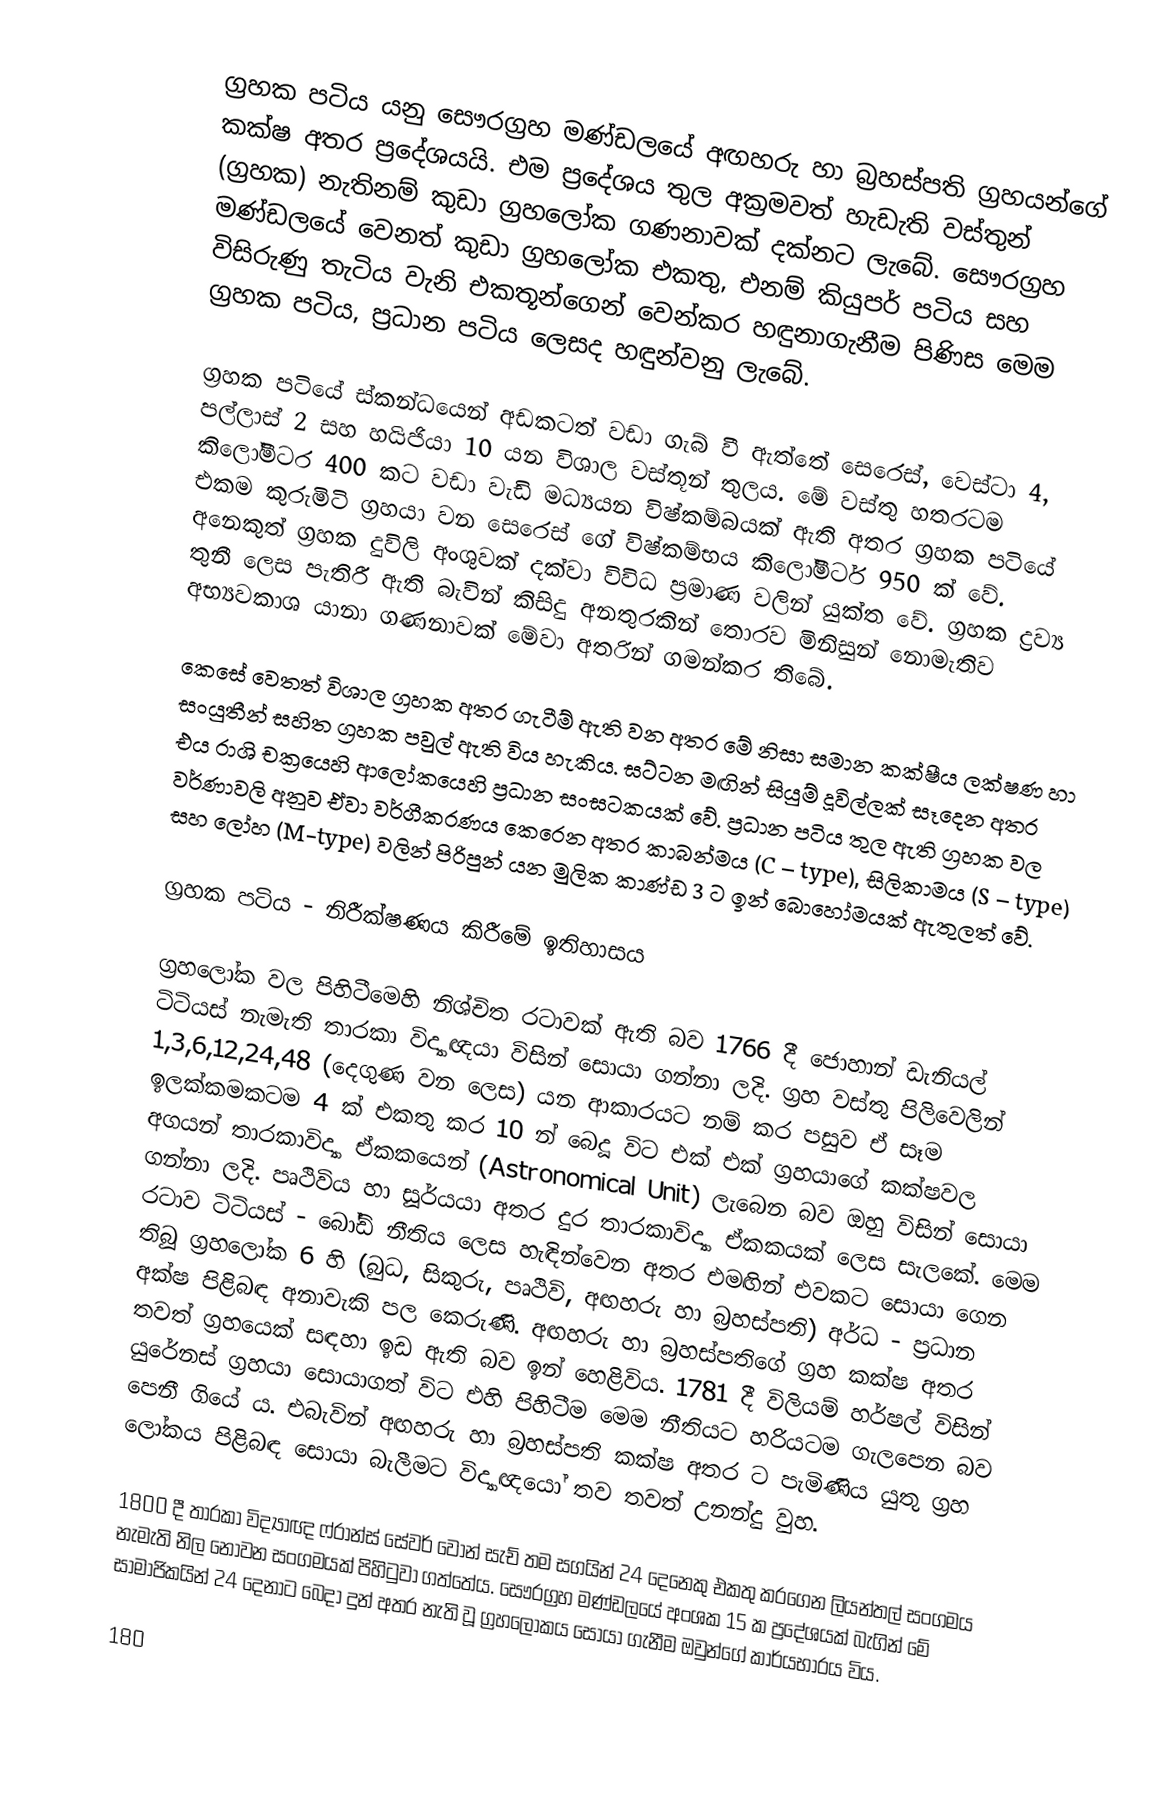
ග්‍රහක පටිය යනු සෞරග්‍රහ මණ්ඩලයේ අඟහරු හා බ්‍රහස්පති ග්‍රහයන්ගේ කක්ෂ අතර ප්‍රදේශයයි. එම ප්‍රදේශය තුල අක්‍රමවත් හැඩැති වස්තුන් (ග්‍රහක) නැතිනම් කුඩා ග්‍රහලෝක ගණනාවක් දක්නට ලැබේ. සෞරග්‍රහ මණ්ඩලයේ වෙනත් කුඩා ග්‍රහලෝක එකතු, එනම් කියු‍පර් පටිය සහ විසිරුණු තැටිය වැනි එකතූන්ගෙන් වෙන්කර හඳුනාගැනීම පිණිස මෙම ග්‍රහක පටිය, ප්‍රධාන පටිය ලෙසද හඳුන්වනු ලැබේ.

ග්‍රහක පටියේ ස්කන්ධයෙන් අඩකටත් වඩා ගැබ් වී ඇත්තේ සෙරෙස්, වෙස්ටා 4, පල්ලාස් 2 සහ හයිජියා 10 යන විශාල වස්තූන් තුලය. මේ වස්තු හතරටම කිලෝමීටර 400 කට වඩා වැඩි මධ්‍යයන විෂ්කම්බයක් ඇති අතර ග්‍රහක පටියේ එකම කුරුමිටි ග්‍රහයා වන සෙරෙස් ගේ විෂ්කම්භය කිලෝමීටර් 950 ක් වේ. අනෙකුත් ග්‍රහක දුවිලි අංශුවක් දක්වා විවිධ ප්‍රමාණ වලින් යුක්ත වේ. ග්‍රහක ද්‍රව්‍ය තුනී ලෙස පැතිරී ඇති බැවින් කිසිදු අනතුරකින් තොරව මිනිසුන් නොමැතිව අභ්‍යවකාශ යානා ගණනාවක් මේවා අතරින් ගමන්කර තිබේ.

කෙසේ වෙතත් විශාල ග්‍රහක අතර ගැටීම් ඇති වන අතර මේ නිසා සමාන කක්ෂීය ලක්ෂණ හා සංයුතීන් සහිත ග්‍රහක පවුල් ඇති විය හැකිය. ඝට්ටන මඟින් සියුම් දූවිල්ලක් සෑදෙන අතර එය රාශි චක්‍රයෙහි ආලෝකයෙහි ප්‍රධාන සංඝටකයක් වේ. ප්‍රධාන පටිය තුල ඇති ග්‍රහක වල වර්ණාවලි අනුව ඒවා වර්ගීකරණය කෙරෙන අතර කාබන්මය (C – type), සිලිකාමය (S – type) සහ ලෝහ (M-type) වලින් පිරිපුන් යන මුලික කාණ්ඩ 3 ට ඉන් බොහෝමයක් ඇතුලත් වේ.

ග්‍රහක පටිය - නිරීක්ෂණය කිරීමේ ඉතිහාසය

ග්‍රහ‍ලෝක වල පිහිටීමෙහි නිශ්චිත රටාවක් ඇති බව 1766 දී ජොහාන් ඩැනි‍යල් ටිටියස් නැමැති තාරකා විද්‍යාඥයා විසින් සොයා ගන්නා ලදි. ග්‍රහ වස්තු පිලිවෙලින් 1,3,6,12,24,48 (දෙගුණ වන ලෙස) යන ආකාරයට නම් කර පසුව ඒ සෑම ඉලක්කමකටම 4 ක් එකතු කර 10 න් බෙදූ විට එක් එක් ග්‍රහයාගේ කක්ෂවල අගයන් තාරකාවිද්‍යා ඒකකයෙන් (Astronomical Unit) ලැබෙන බව ඔහු විසින් සොයා ගන්නා ලදි. පෘථිවිය හා සූර්යයා අතර දුර තාරකාවිද්‍යා ඒකකයක් ලෙස සැලකේ. මෙම රටාව ටිටියස් - බෝඩ් නීතිය ලෙස හැඳින්වෙන අතර එමඟින් එවකට සොයා ගෙන තිබූ ග්‍රහලෝක 6 හි (බුධ, සිකුරු, පෘථිවි, අඟහරු හා බ්‍රහස්පති) අර්ධ - ප්‍රධාන අක්ෂ පිළිබඳ අනාවැකි පල කෙරුණි. අඟහරු හා බ්‍රහස්පතිගේ ග්‍රහ කක්ෂ අතර තවත් ග්‍රහයෙක් සඳහා ඉඩ ඇති බව ඉන් හෙළිවිය. 1781 දී විලියම් හර්ෂල් විසින් යුරේනස් ග්‍රහයා සොයාගත් විට එහි පිහිටීම මෙම නීතියට හරියටම ගැලපෙන බව පෙනී ගියේ ය. එබැවින් අඟහරු හා බ්‍රහස්පති කක්ෂ අතර ට පැමිණිය යුතු ග්‍රහ ලෝකය පිළිබඳ සොයා බැලීමට විද්‍යාඥයෝ තව තවත් උනන්දු වුහ.

1800 දී තාරකා විද්‍යාඥ ෆ්රාන්ස් සේවර් වොන් සැච් තම සගයින් 24 දෙනෙකු එකතු කරගෙන ලියන්තල් සංගමය නැමැති නිල නොවන සංගමයක් පිහිටුවා ගත්තේය. සෞරග්‍රහ මණ්ඩලයේ අංශක 15 ක ප්‍රදේශයක් බැගින් මේ සාමාජිකයින් 24 දෙනාට බෙදා දුන් අතර නැති වූ ග්‍රහලෝකය සොයා ගැනීම ඔවුන්ගේ කාර්යභාරය විය.

180